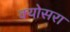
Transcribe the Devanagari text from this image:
क्योसरा